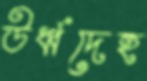
ঊর্ধ্বদেহ